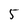
Character: 5